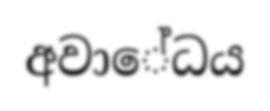
අවාේධය